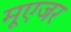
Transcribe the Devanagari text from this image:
मूएजर